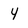
Character: 4